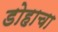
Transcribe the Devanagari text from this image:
डोहाचा